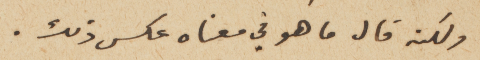
ولكنه قال ما هو في معناه عكس ذلك.